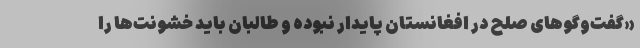
«گفت‌وگوهای صلح در افغانستان پایدار نبوده و طالبان باید خشونت‌ها را